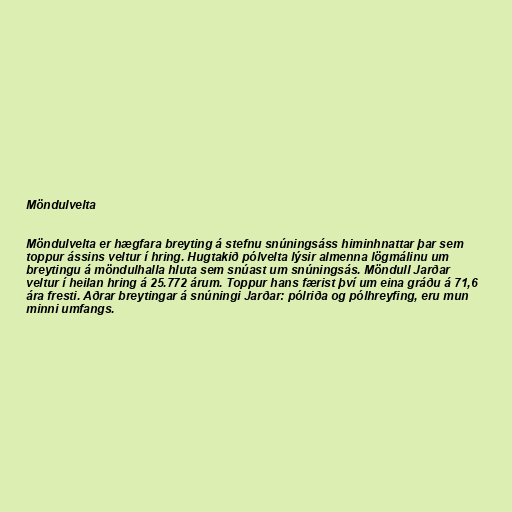
Möndulvelta

Möndulvelta er hægfara breyting á stefnu snúningsáss himinhnattar þar sem
toppur ássins veltur í hring. Hugtakið pólvelta lýsir almenna lögmálinu um
breytingu á möndulhalla hluta sem snúast um snúningsás. Möndull Jarðar
veltur í heilan hring á 25.772 árum. Toppur hans færist því um eina gráðu á 71,6
ára fresti. Aðrar breytingar á snúningi Jarðar: pólriða og pólhreyfing, eru mun
minni umfangs.